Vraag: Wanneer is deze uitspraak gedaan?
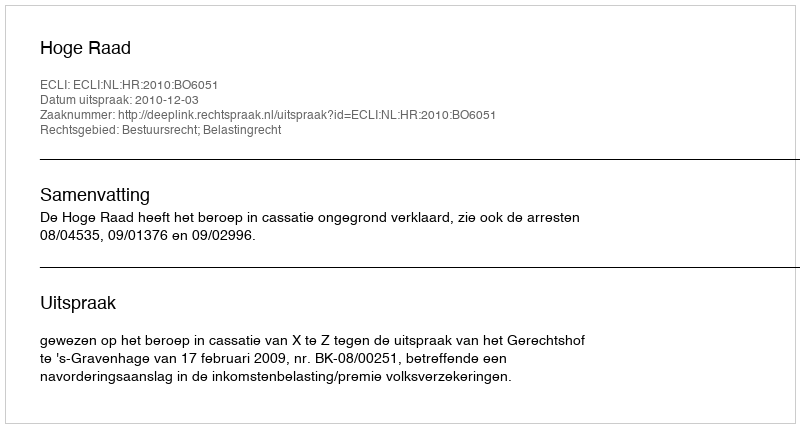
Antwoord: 2010-12-03